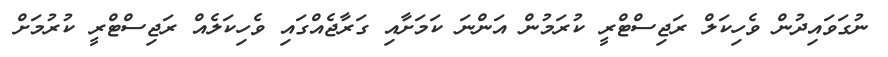
ނުގަވައިދުން ވެހިކަލް ރަޖިސްޓްރީ ކުރަމުން އަންނަ ކަމަށާއި ގަރާޖެއްގައި ވެހިކަލެއް ރަޖިސްޓްރީ ކުރުމަށް